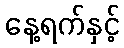
နေ့ရက်နှင့်